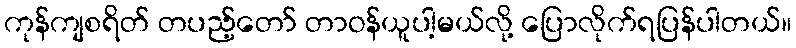
ကုန်ကျစရိတ် တပည့်တော် တာဝန်ယူပါ့မယ်လို့ ပြောလိုက်ရပြန်ပါတယ်။